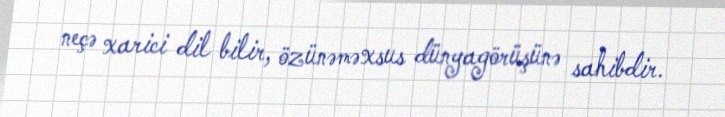
neçə xarici dil bilir, özünəməxsus dünyagörüşünə sahibdir.